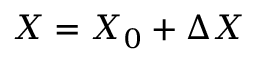
X = X _ { 0 } + \Delta X